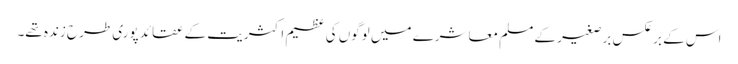
اس کے برعکس برصغیر کے مسلم معاشرے میں لوگوں کی عظیم اکثریت کے عقائد پوری طرح زندہ تھے۔